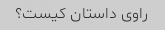
راوی داستان کیست؟